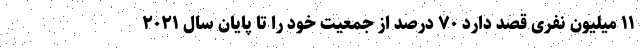
۱۱ میلیون نفری قصد دارد ۷۰ درصد از جمعیت خود را تا پایان سال ۲۰۲۱